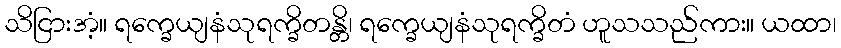
သိငြားအံ့။ ရက္ခေယျနံသုရက္ခိတန္တိ၊ ရက္ခေယျနံသုရက္ခိတံ ဟူသသည်ကား။ ယထာ၊